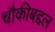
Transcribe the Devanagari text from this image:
चौकीबद्दल